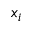
x _ { i }